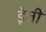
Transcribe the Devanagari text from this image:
इेती